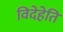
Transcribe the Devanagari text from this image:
विदेहेति